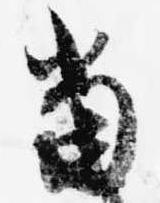
当